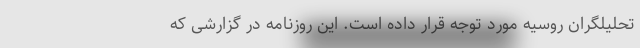
تحلیلگران روسیه مورد توجه قرار داده است. این روزنامه در گزارشی که